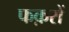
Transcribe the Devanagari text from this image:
फक़रों